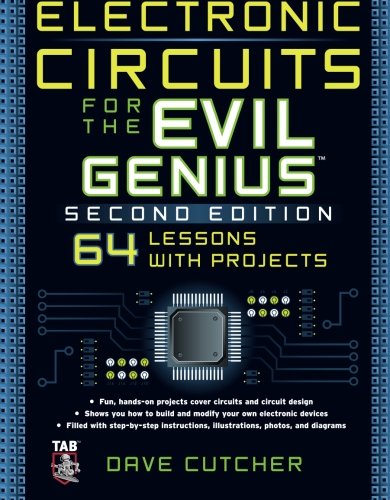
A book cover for Electronic Circuits for the Evil Genius 2/E; Dave Cutcher; Science & Math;